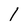
Character: 1